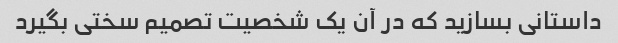
داستانی بسازید که در آن یک شخصیت تصمیم سختی بگیرد